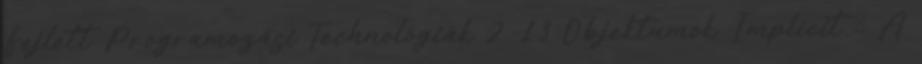
Fejlett Programozási Technológiák 2. 13 Objektumok Implicit  A